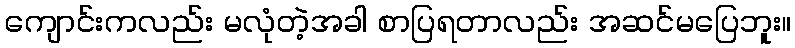
ကျောင်းကလည်း မလုံတဲ့အခါ စာပြရတာလည်း အဆင်မပြေဘူး။